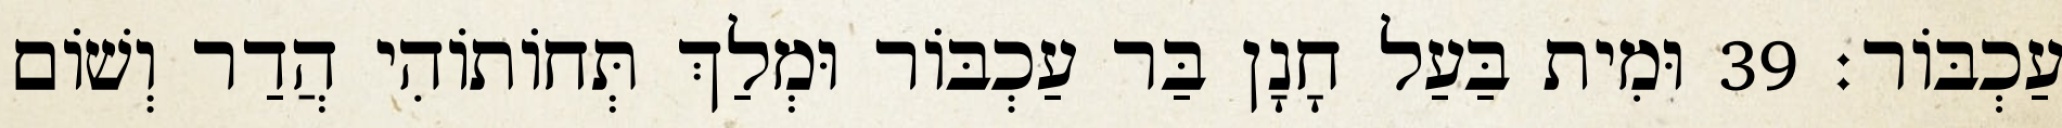
עַכְבּוֹר׃ 39 וּמִית בַּעַל חָנָן בַּר עַכְבּוֹר וּמְלַךְ תְּחוֹתוֹהִי הֲדַר וְשׁוֹם